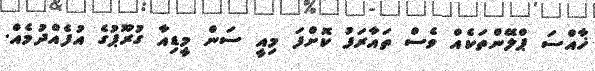
ޚާއްސަ ޕްލޭންތަކެއް ވެސް ތައާރަފު ކޮށްފަ މިއީ ސަން މީޑިއާ ގުރޫޕުގެ އުފެއްދުމެއް.